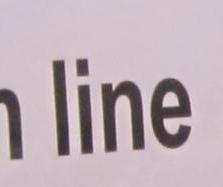
line